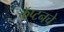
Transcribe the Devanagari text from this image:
कॅप्टनचे